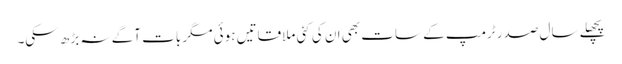
پچھلے سال صدر ٹرمپ کے سات بھی ان کی کئی ملاقاتیں ہوئی مگر بات آگے نہ بڑھ سکی۔